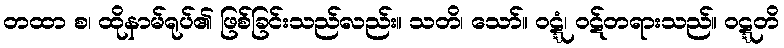
တထာ စ၊ ထိုနာမ်ရုပ်၏ ဖြစ်ခြင်းသည်လည်း။ သတိ၊ သော်။ ဝဋ္ဋံ၊ ဝဋ်တရားသည်။ ဝဋ္ဋတိ